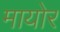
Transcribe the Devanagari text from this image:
मायोर